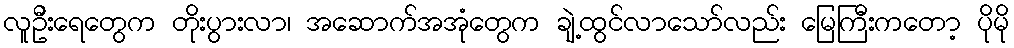
လူဦးရေတွေက တိုးပွားလာ၊ အဆောက်အအုံတွေက ချဲ့ထွင်လာသော်လည်း မြေကြီးကတော့ ပိုမို